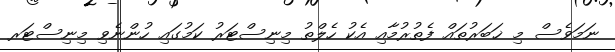
ނަމަވެސް މި ޚަބަރުތައް ފެތުރުމާއި އެކު ހެލްތު މިނިސްޓަރު ކަމުގައި ހުންނެވި މިނިސްޓަރ